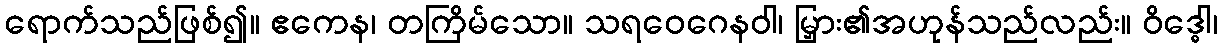
ရောက်သည်ဖြစ်၍။ ဧကေန၊ တကြိမ်သော။ သရဝေဂေနဝါ၊ မြှား၏အဟုန်သည်လည်း။ ဝိဒ္ဓေါ၊